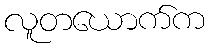
လူတယောက်က